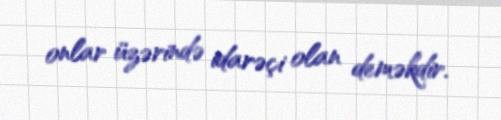
onlar üzərində idarəçi olan deməkdir.